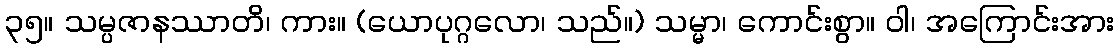
၃၅။ သမ္ပဇာနဿာတိ၊ ကား။ (ယောပုဂ္ဂလော၊ သည်။) သမ္မာ၊ ကောင်းစွာ။ ဝါ၊ အကြောင်းအား